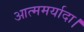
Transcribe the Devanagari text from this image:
आत्ममर्यादा।